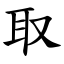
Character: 取